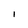
Character: 1